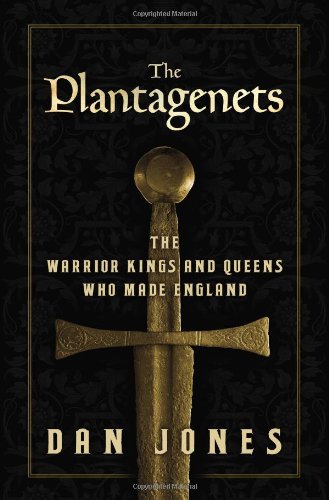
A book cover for The Plantagenets: The Warrior Kings and Queens Who Made England; Dan Jones; Biographies & Memoirs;